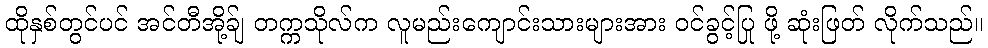
ထိုနှစ်တွင်ပင် အင်တီအို့ခ်ျ တက္ကသိုလ်က လူမည်းကျောင်းသားများအား ဝင်ခွင့်ပြု ဖို့ ဆုံးဖြတ် လိုက်သည်။